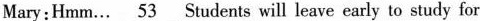
Mary:Hmm.. \underline{53} Students will leave early to study for